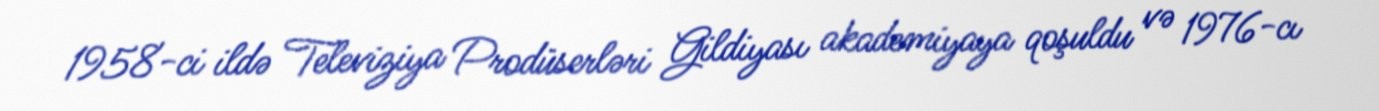
1958-ci ildə Televiziya Prodüserləri Gildiyası akademiyaya qoşuldu və 1976-cı